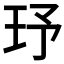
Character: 𤤂